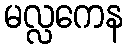
မလ္လကေန